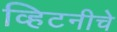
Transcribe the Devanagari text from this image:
व्हिटनीचे